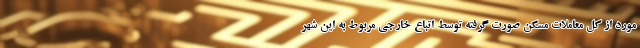
مورد از کل معاملات مسکن صورت گرفته توسط اتباع خارجی مربوط به این شهر